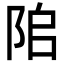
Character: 𨹅